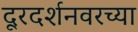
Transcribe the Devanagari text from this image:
दूरदर्शनवरच्या